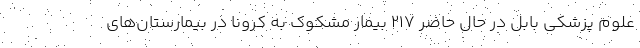
علوم پزشکی بابل در حال حاضر ۲۱۷ بیمار مشکوک به کرونا در بیمارستان‌های